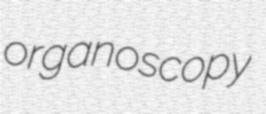
organoscopy